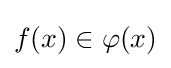
f(x)\in \varphi (x)